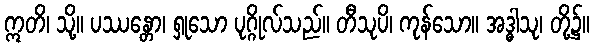
ဣတိ၊ သို့။ ပဿန္တော၊ ရှုသော ပုဂ္ဂိုလ်သည်။ တီသုပိ၊ ကုန်သော။ အဒ္ဓါသု၊ တို့၌။